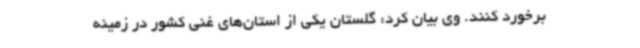
برخورد کنند. وی بیان کرد: گلستان یکی از استان‌های غنی کشور در زمینه